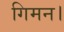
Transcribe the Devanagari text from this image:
गिमन।